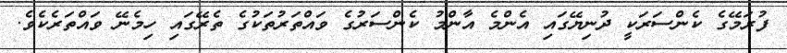
ފުރަމޭގެ ކެންސަރަކީ ދުނިޔޭގައި އެންމެ އާންމު ކެންސަރުގެ ވައްތަރުތަކުގެ ތެރޭގައި ހިމެނޭ ވައްތަރެކެވެ.